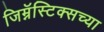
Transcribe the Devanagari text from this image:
जिम्नॅस्टिक्सच्या